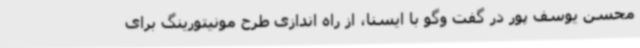
محسن یوسف پور در گفت وگو با ایسنا، از راه اندازی طرح مونیتورینگ برای